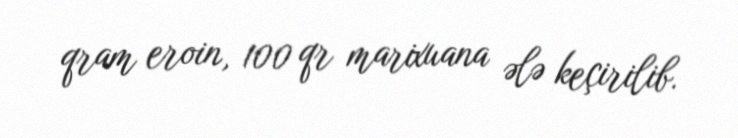
qram eroin, 100 qr marixuana ələ keçirilib.